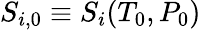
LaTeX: S_{i,0}\equiv S_{i}(T_{0},P_{0})